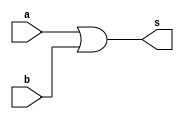
`timescale 1ns / 1ps
//////////////////////////////////////////////////////////////////////////////////
// Company: 
// Engineer: 
// 
// Design Name: 
// Module Name: or1
// Project Name: 
// Target Devices: 
// Tool Versions: 
// Description: 
// 
// Dependencies: 
// 
// Revision:
// Revision 0.01 - File Created
// Additional Comments:
// 
//////////////////////////////////////////////////////////////////////////////////


module Or1(
input  [31:0] a,b,
output  [31:0] s
    );
    
assign s = a|b;


endmodule